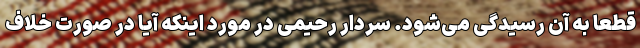
قطعا به آن رسیدگی می‌شود. سردار رحیمی در مورد اینکه آیا در صورت خلاف